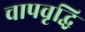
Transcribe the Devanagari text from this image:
चापवृद्धि